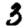
Digit: 3